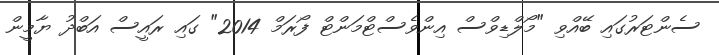
ސެންޓަރުގައި ބޭއްވި "މޯލްޑިވްސް އިންވެސްޓްމަންޓް ފޯރަމް 2014" ގައި ރައީސް އަބްދު ޔާމީން